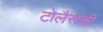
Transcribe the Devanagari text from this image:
टोलैसकी